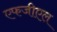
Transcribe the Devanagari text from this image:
एफजीएल